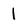
Character: l